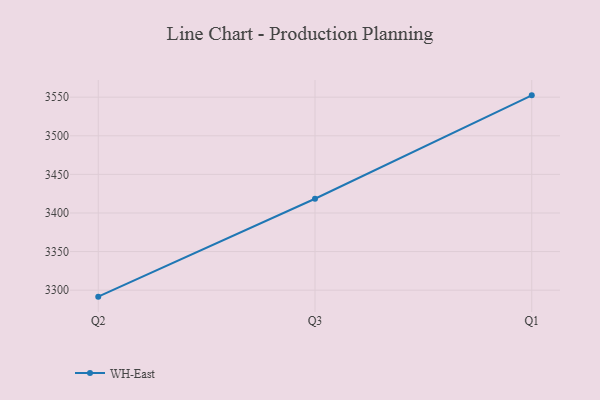
{"axis": {"x": "Quarter", "y": "Satisfaction Score"}, "legend": ["WH-East"], "data": [{"x": "Q2", "y": 3291.6, "type": "WH-East"}, {"x": "Q3", "y": 3418.4, "type": "WH-East"}, {"x": "Q1", "y": 3552.4, "type": "WH-East"}]}